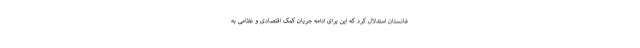
غانستان استدلال کرد که این برای ادامه جریان کمک اقتصادی و نظامی به